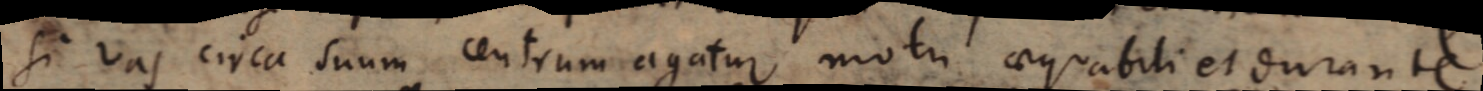
si vas circa suum centrum agatur motu aequabili et durante